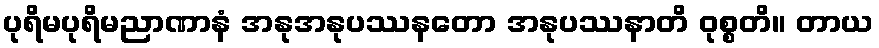
ပုရိမပုရိမညာဏာနံ အနုအနုပဿနတော အနုပဿနာတိ ဝုစ္စတိ။ တာယ